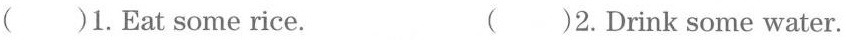
( )1.Eat some rice. ( )2.Drink some water.